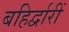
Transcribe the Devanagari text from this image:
बहिर्द्वारीं